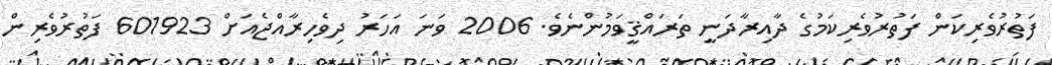
ފަތުރުވެރިކަން ފަތުރުވެރިކަމުގެ ދާއިރާދަނީ ތަރައްޤީވަމުންނެވެ. 2006 ވަނަ އަހަރު ދިވެހިރާއްޖެއަށް 601923 ފަތުރުވެރިން